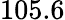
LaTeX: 105.6